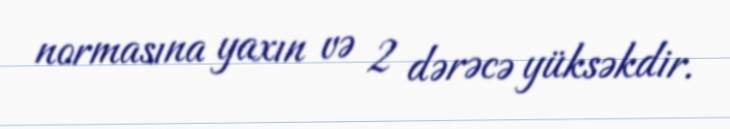
normasına yaxın və 2 dərəcə yüksəkdir.